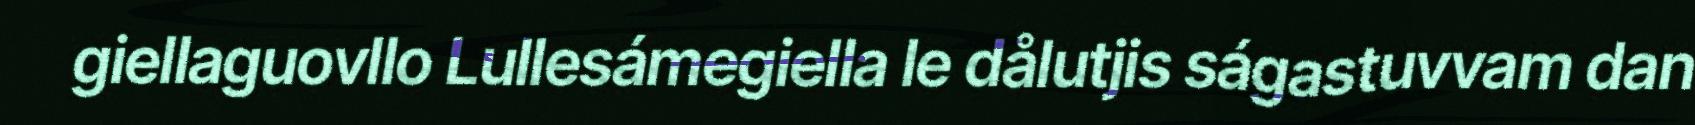
giellaguovllo Lullesámegiella le dålutjis ságastuvvam dan